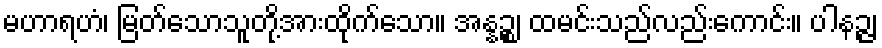
မဟာရဟံ၊ မြတ်သောသူတို့အားထိုက်သော။ အန္နဉ္စ၊ ထမင်းသည်လည်းကောင်း။ ပါနဉ္ဇ၊